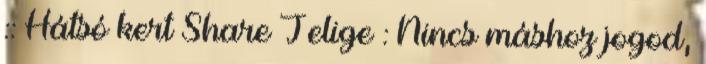
:: Hátsó kert Share Jelige : Nincs máshoz jogod,